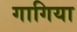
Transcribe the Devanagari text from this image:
गागिया